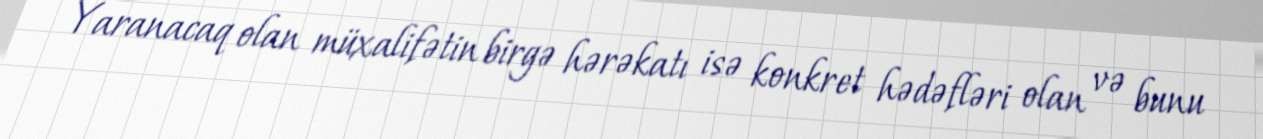
Yaranacaq olan müxalifətin birgə hərəkatı isə konkret hədəfləri olan və bunu